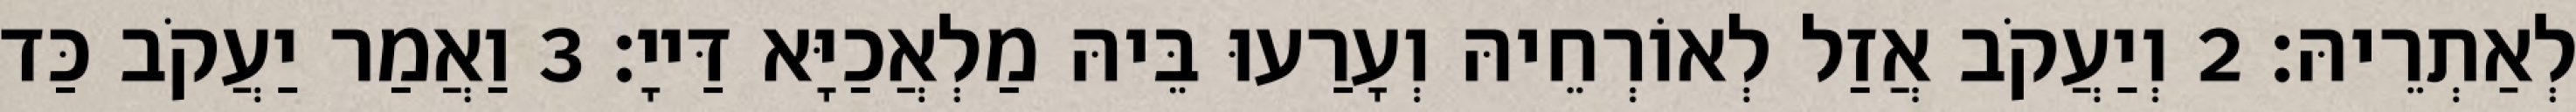
לְאַתְרֵיהּ׃ 2 וְיַעֲקֹב אֲזַל לְאוֹרְחֵיהּ וְעָרַעוּ בֵּיהּ מַלְאֲכַיָּא דַּייָ׃ 3 וַאֲמַר יַעֲקֹב כַּד